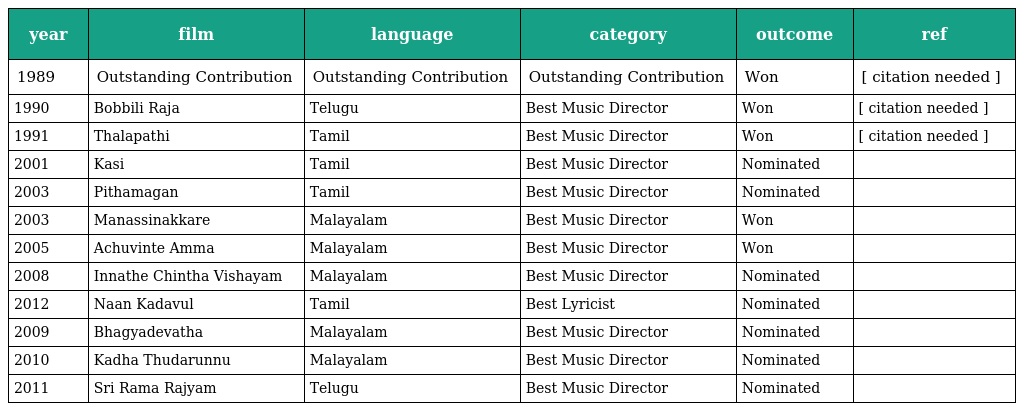
| year | film | language | category | outcome | ref |
 | --- | --- | --- | --- | --- | --- |
 | 1989 | Outstanding Contribution | Outstanding Contribution | Outstanding Contribution | Won | [ citation needed ] |
 | 1990 | Bobbili Raja | Telugu | Best Music Director | Won | [ citation needed ] |
 | 1991 | Thalapathi | Tamil | Best Music Director | Won | [ citation needed ] |
 | 2001 | Kasi | Tamil | Best Music Director | Nominated |  |
 | 2003 | Pithamagan | Tamil | Best Music Director | Nominated |  |
 | 2003 | Manassinakkare | Malayalam | Best Music Director | Won |  |
 | 2005 | Achuvinte Amma | Malayalam | Best Music Director | Won |  |
 | 2008 | Innathe Chintha Vishayam | Malayalam | Best Music Director | Nominated |  |
 | 2012 | Naan Kadavul | Tamil | Best Lyricist | Nominated |  |
 | 2009 | Bhagyadevatha | Malayalam | Best Music Director | Nominated |  |
 | 2010 | Kadha Thudarunnu | Malayalam | Best Music Director | Nominated |  |
 | 2011 | Sri Rama Rajyam | Telugu | Best Music Director | Nominated |  |